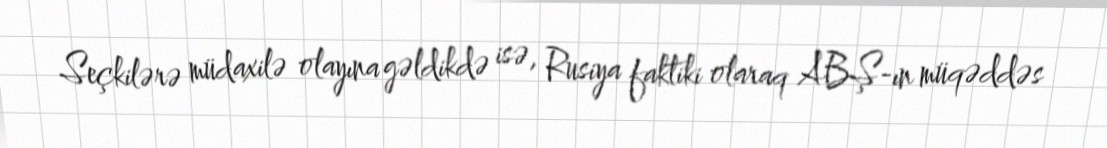
Seçkilərə müdaxilə olayına gəldikdə isə, Rusiya faktiki olaraq ABŞ-ın müqəddəs